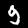
Digit: 9